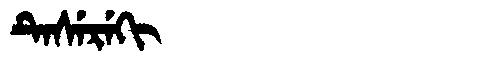
Manchu: ᡨᡝᠰᡝᡵᡝᡴᡳ
Romanization: TESEREKI